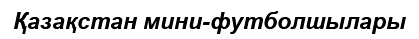
Қазақстан мини-футболшылары